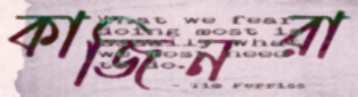
কাজিনরা